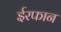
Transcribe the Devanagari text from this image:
ईरफान